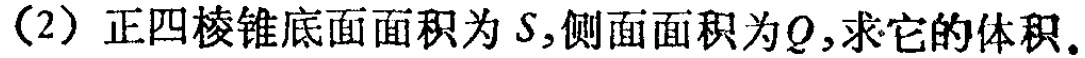
(2) 正四棱锥底面面积为\(S\),侧面面积为\(Q\),求它的体积.